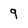
Character: 9